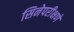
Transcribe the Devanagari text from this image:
सिनेपरीक्षणे